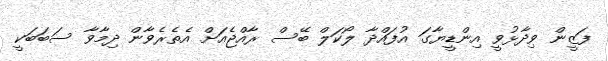
ފަޒީން ވިދާޅުވީ އިންޑީޔާގަ އުފައްދާ ލޯކަލް ބޭސް ރާއްޖެއަށް އެތެރެވާން ދިމާވާ ސަބަބަކީ